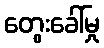
တွေးခေါ်မှု